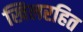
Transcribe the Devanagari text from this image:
खिलरहित